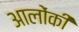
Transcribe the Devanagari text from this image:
आलोंकी